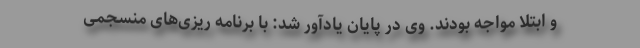
و ابتلا مواجه بودند. وی در پایان یادآور شد: با برنامه ریزی‌های منسجمی